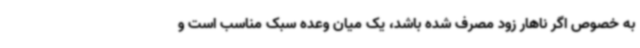
به خصوص اگر ناهار زود مصرف شده باشد، یک میان وعده سبک مناسب است و